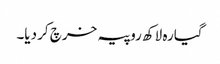
گیارہ لاکھ روپیہ خرچ کر دیا۔